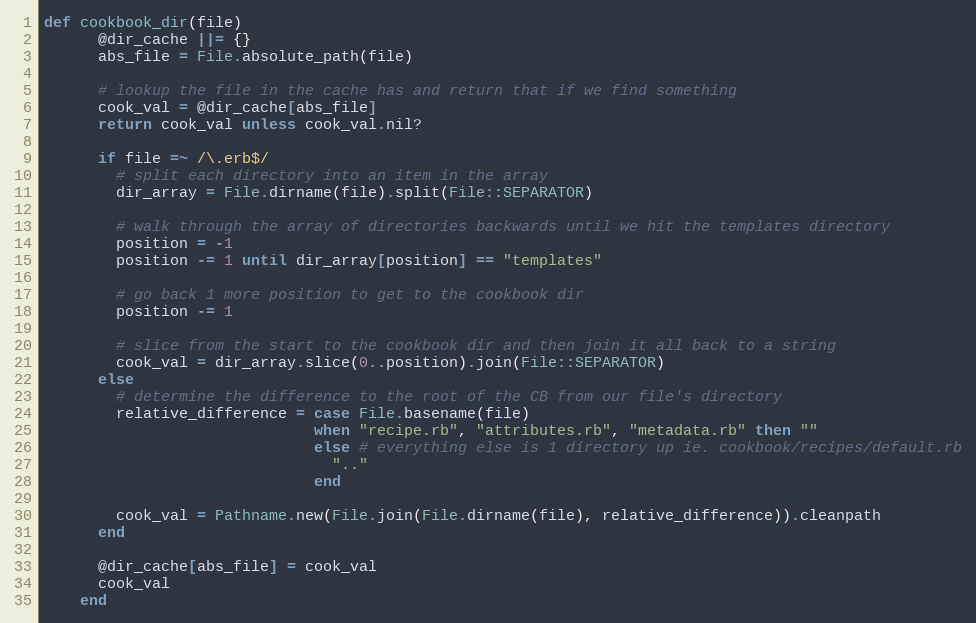
Language: Ruby
def cookbook_dir(file)
      @dir_cache ||= {}
      abs_file = File.absolute_path(file)

      # lookup the file in the cache has and return that if we find something
      cook_val = @dir_cache[abs_file]
      return cook_val unless cook_val.nil?

      if file =~ /\.erb$/
        # split each directory into an item in the array
        dir_array = File.dirname(file).split(File::SEPARATOR)

        # walk through the array of directories backwards until we hit the templates directory
        position = -1
        position -= 1 until dir_array[position] == "templates"

        # go back 1 more position to get to the cookbook dir
        position -= 1

        # slice from the start to the cookbook dir and then join it all back to a string
        cook_val = dir_array.slice(0..position).join(File::SEPARATOR)
      else
        # determine the difference to the root of the CB from our file's directory
        relative_difference = case File.basename(file)
                              when "recipe.rb", "attributes.rb", "metadata.rb" then ""
                              else # everything else is 1 directory up ie. cookbook/recipes/default.rb
                                ".."
                              end

        cook_val = Pathname.new(File.join(File.dirname(file), relative_difference)).cleanpath
      end

      @dir_cache[abs_file] = cook_val
      cook_val
    end